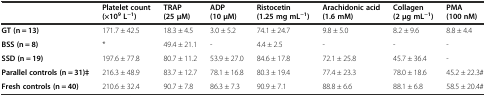
|  | Platelet count (×109 L−1) | TRAP (25 μM) | ADP (10 μM) | Ristocetin (1.25 mg mL−1) | Arachidonic acid (1.6 mM) | Collagen (2 μg mL−1) | PMA (100 nM) |
 | --- | --- | --- | --- | --- | --- | --- | --- |
 | GT (n = 13) | 171.7 ± 42.5 | 18.3 ± 4.5 | 3.0 ± 5.2 | 74.1 ± 24.7 | 9.8 ± 5.0 | 8.2 ± 9.6 | 8.8 ± 4.4 |
 | BSS (n = 8) | * | 49.4 ± 21.1 | - | 4.4 ± 2.5 | - | - | - |
 | SSD (n = 19) | 197.6 ± 77.8 | 80.7 ± 11.2 | 53.9 ± 27.0 | 84.6 ± 17.8 | 72.1 ± 25.8 | 45.7 ± 36.4 | - |
 | Parallel controls (n = 31)‡ | 216.3 ± 48.9 | 83.7 ± 12.7 | 78.1 ± 16.8 | 80.3 ± 19.4 | 77.4 ± 23.3 | 78.0 ± 18.6 | 45.2 ± 22.3# |
 | Fresh controls (n = 40) | 210.6 ± 32.4 | 90.7 ± 7.8 | 86.3 ± 7.3 | 90.9 ± 7.1 | 88.8 ± 6.6 | 88.1 ± 6.8 | 58.5 ± 20.4# |